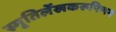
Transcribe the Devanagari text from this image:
स्मृतिर्लेखकरूपिणम